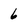
Character: 6